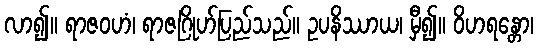
လာ၍။ ရာဇဝဟံ၊ ရာဇဂြိုဟ်ပြည်သည်။ ဥပနိဿာယ၊ မှီ၍။ ဝိဟရန္တော၊